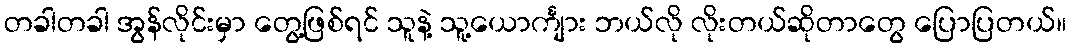
တခါတခါ အွန်လိုင်းမှာ တွေ့ဖြစ်ရင် သူနဲ့ သူ့ယောင်္ကျား ဘယ်လို လိုးတယ်ဆိုတာတွေ ပြောပြတယ်။